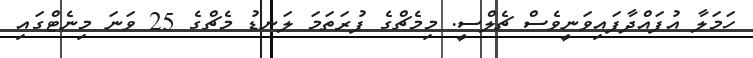
ހަމަލާ އުފައްދާފައިވަނީވެސް ޗެލްސީ. މިމެޗްގެ ފުރަތަމަ ލަނޑު މެޗްގެ 25 ވަނަ މިނެޓްގައި